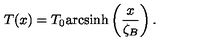
T ( x ) = T _ { 0 } \mathrm { a r c s i n h } \left( \frac { x } { \zeta _ { B } } \right) .